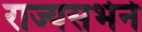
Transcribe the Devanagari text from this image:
राज्यसभेने